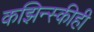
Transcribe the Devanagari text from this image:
कझिन्स्कीही